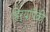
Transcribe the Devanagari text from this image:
हिर्‍यांपैकी